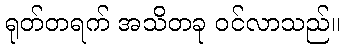
ရုတ်တရက် အသိတခု ဝင်လာသည်။